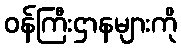
ဝန်ကြီးဌာနများကို